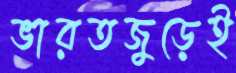
ভারতজুড়েই